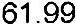
61.99